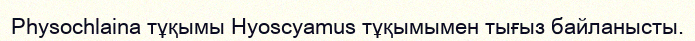
Physochlaina тұқымы Hyoscyamus тұқымымен тығыз байланысты.